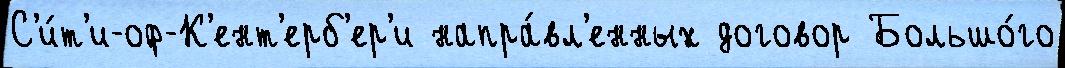
С'и́т'и-оф-К'ент'ерб'ер'и напра́вл'енных договор Большо́го